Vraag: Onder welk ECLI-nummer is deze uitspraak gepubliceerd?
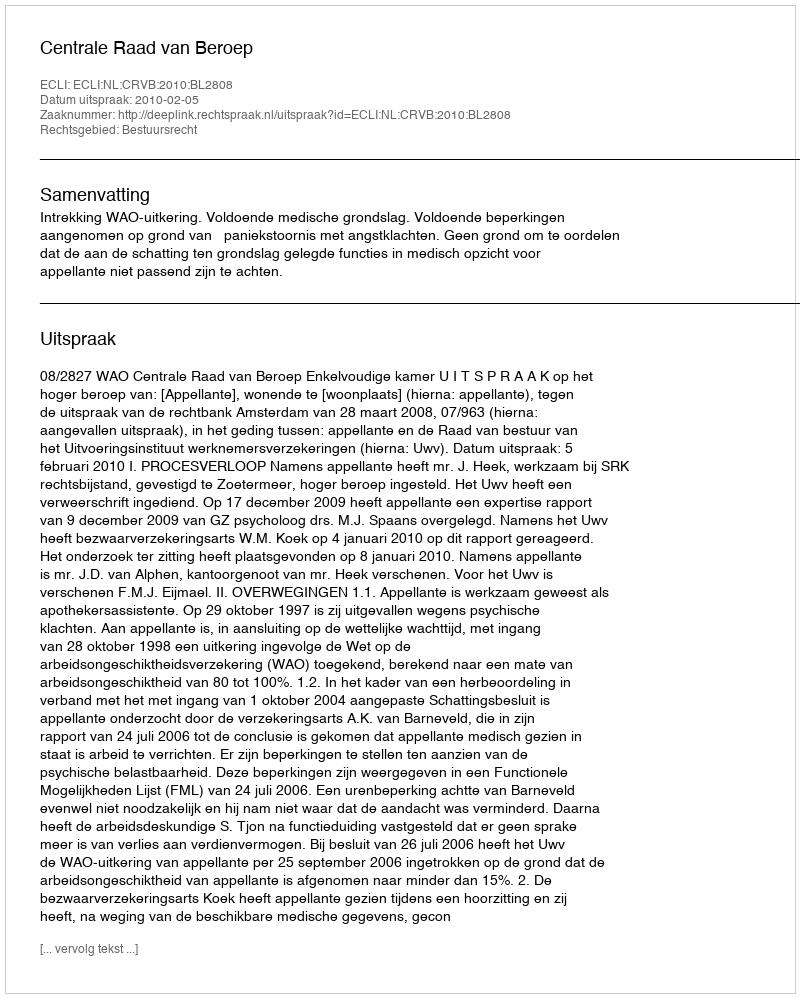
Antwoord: ECLI:NL:CRVB:2010:BL2808